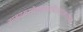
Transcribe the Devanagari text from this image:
काम्यमरणेतुतस्यत्रिरात्रमाशौचम्